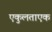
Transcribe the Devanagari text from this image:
एकुलताएक